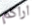
اراكم